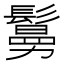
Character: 𩮺